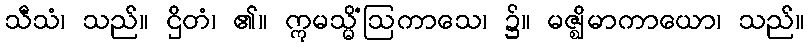
သီသံ၊ သည်။ ဌိတံ၊ ၏။ ဣမသ္မိံဩကာသေ၊ ၌။ မဇ္ဈိမာကာယော၊ သည်။